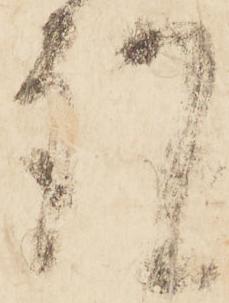
謹